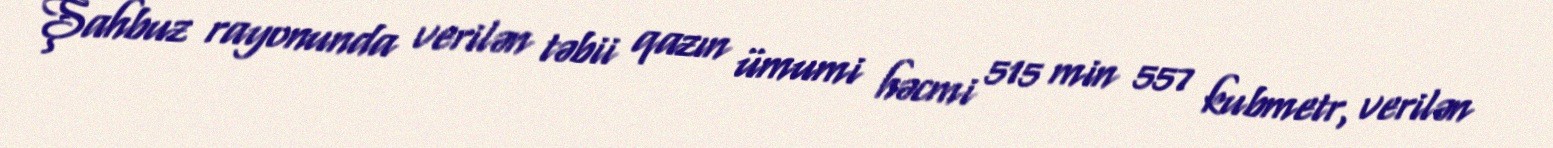
Şahbuz rayonunda verilən təbii qazın ümumi həcmi 515 min 557 kubmetr, verilən